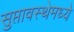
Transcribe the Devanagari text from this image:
सुप्तावस्थेमध्ये